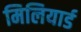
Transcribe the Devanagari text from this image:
मिलियार्ड